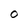
Character: O